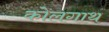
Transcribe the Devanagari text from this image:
कोलगाथ